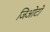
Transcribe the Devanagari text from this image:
जिओटो